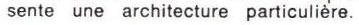
sente une architecture particulière.